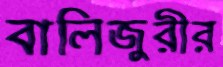
বালিজুরীর